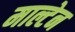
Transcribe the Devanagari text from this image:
माल्टेन